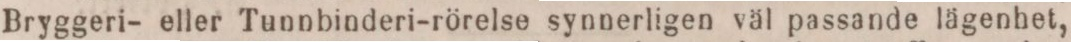
Bryggeri- eller Tunnbinderi-rörelse synnerligen väl passande lägenhet,